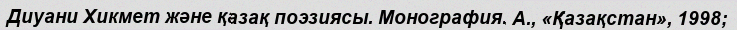
Диуани Хикмет және қазақ поэзиясы. Монография. А., «Қазақстан», 1998;